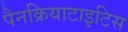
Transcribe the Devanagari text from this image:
पैनक्रियाटाइटिस